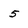
Character: 5